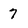
Character: 7